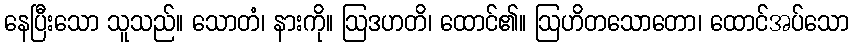
နေပြီးသော သူသည်။ သောတံ၊ နားကို။ ဩဒဟတိ၊ ထောင်၏။ ဩဟိတသောတော၊ ထောင်အပ်သော